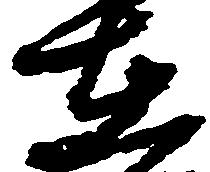
在